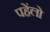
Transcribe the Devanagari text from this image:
पहेंलो